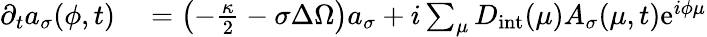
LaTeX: \begin{array}{rl}{\partial_{t}a_{\sigma}(\phi,t)}&{{}=\left(-\frac{\kappa}{2}-\sigma\Delta\Omega\right)a_{\sigma}+i\sum_{\mu}D_{\mathrm{int}}(\mu)A_{\sigma}(\mu,t)\mathrm{e}^{i\phi\mu}}\end{array}